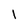
Character: 1